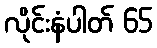
လိုင်းနံပါတ် 65